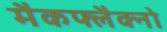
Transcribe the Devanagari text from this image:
मैकफ्लैक्नो